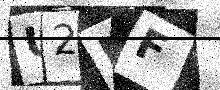
Text: U2MF